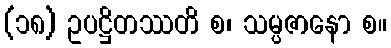
(၁၈) ဥပဋ္ဌိတဿတိ စ၊ သမ္ပဇာနော စ။